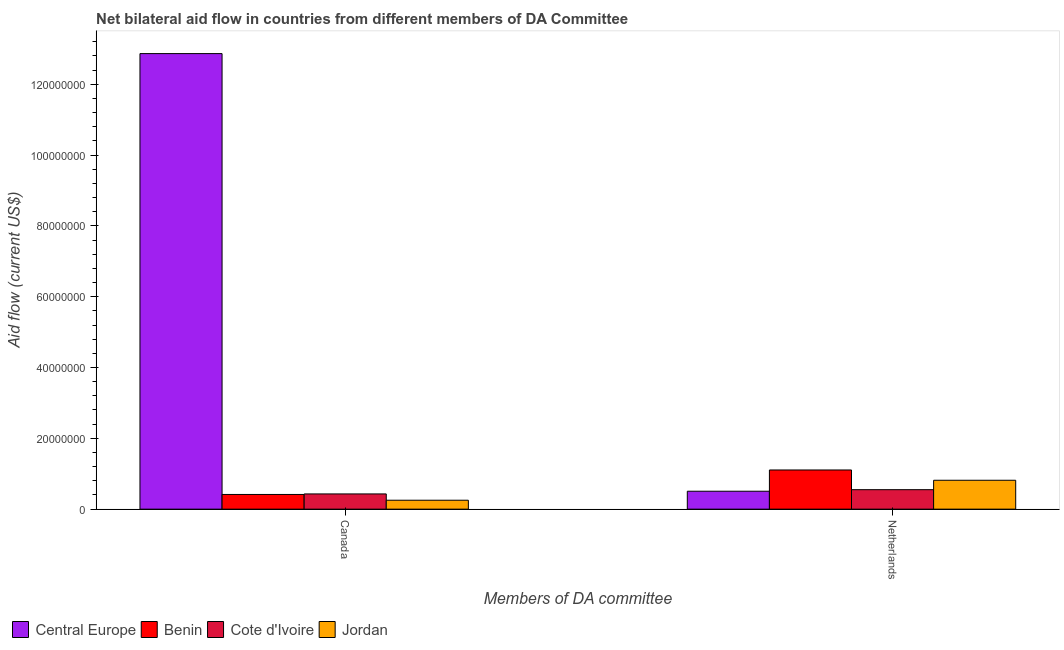
| Members of DA committee | Central Europe | Benin | Cote d'Ivoire | Jordan |
 | --- | --- | --- | --- | --- |
 | Canada | 1.29e+08 | 4.15e+06 | 4.3e+06 | 2.52e+06 |
 | Netherlands | 5.06e+06 | 1.11e+07 | 5.5e+06 | 8.16e+06 |